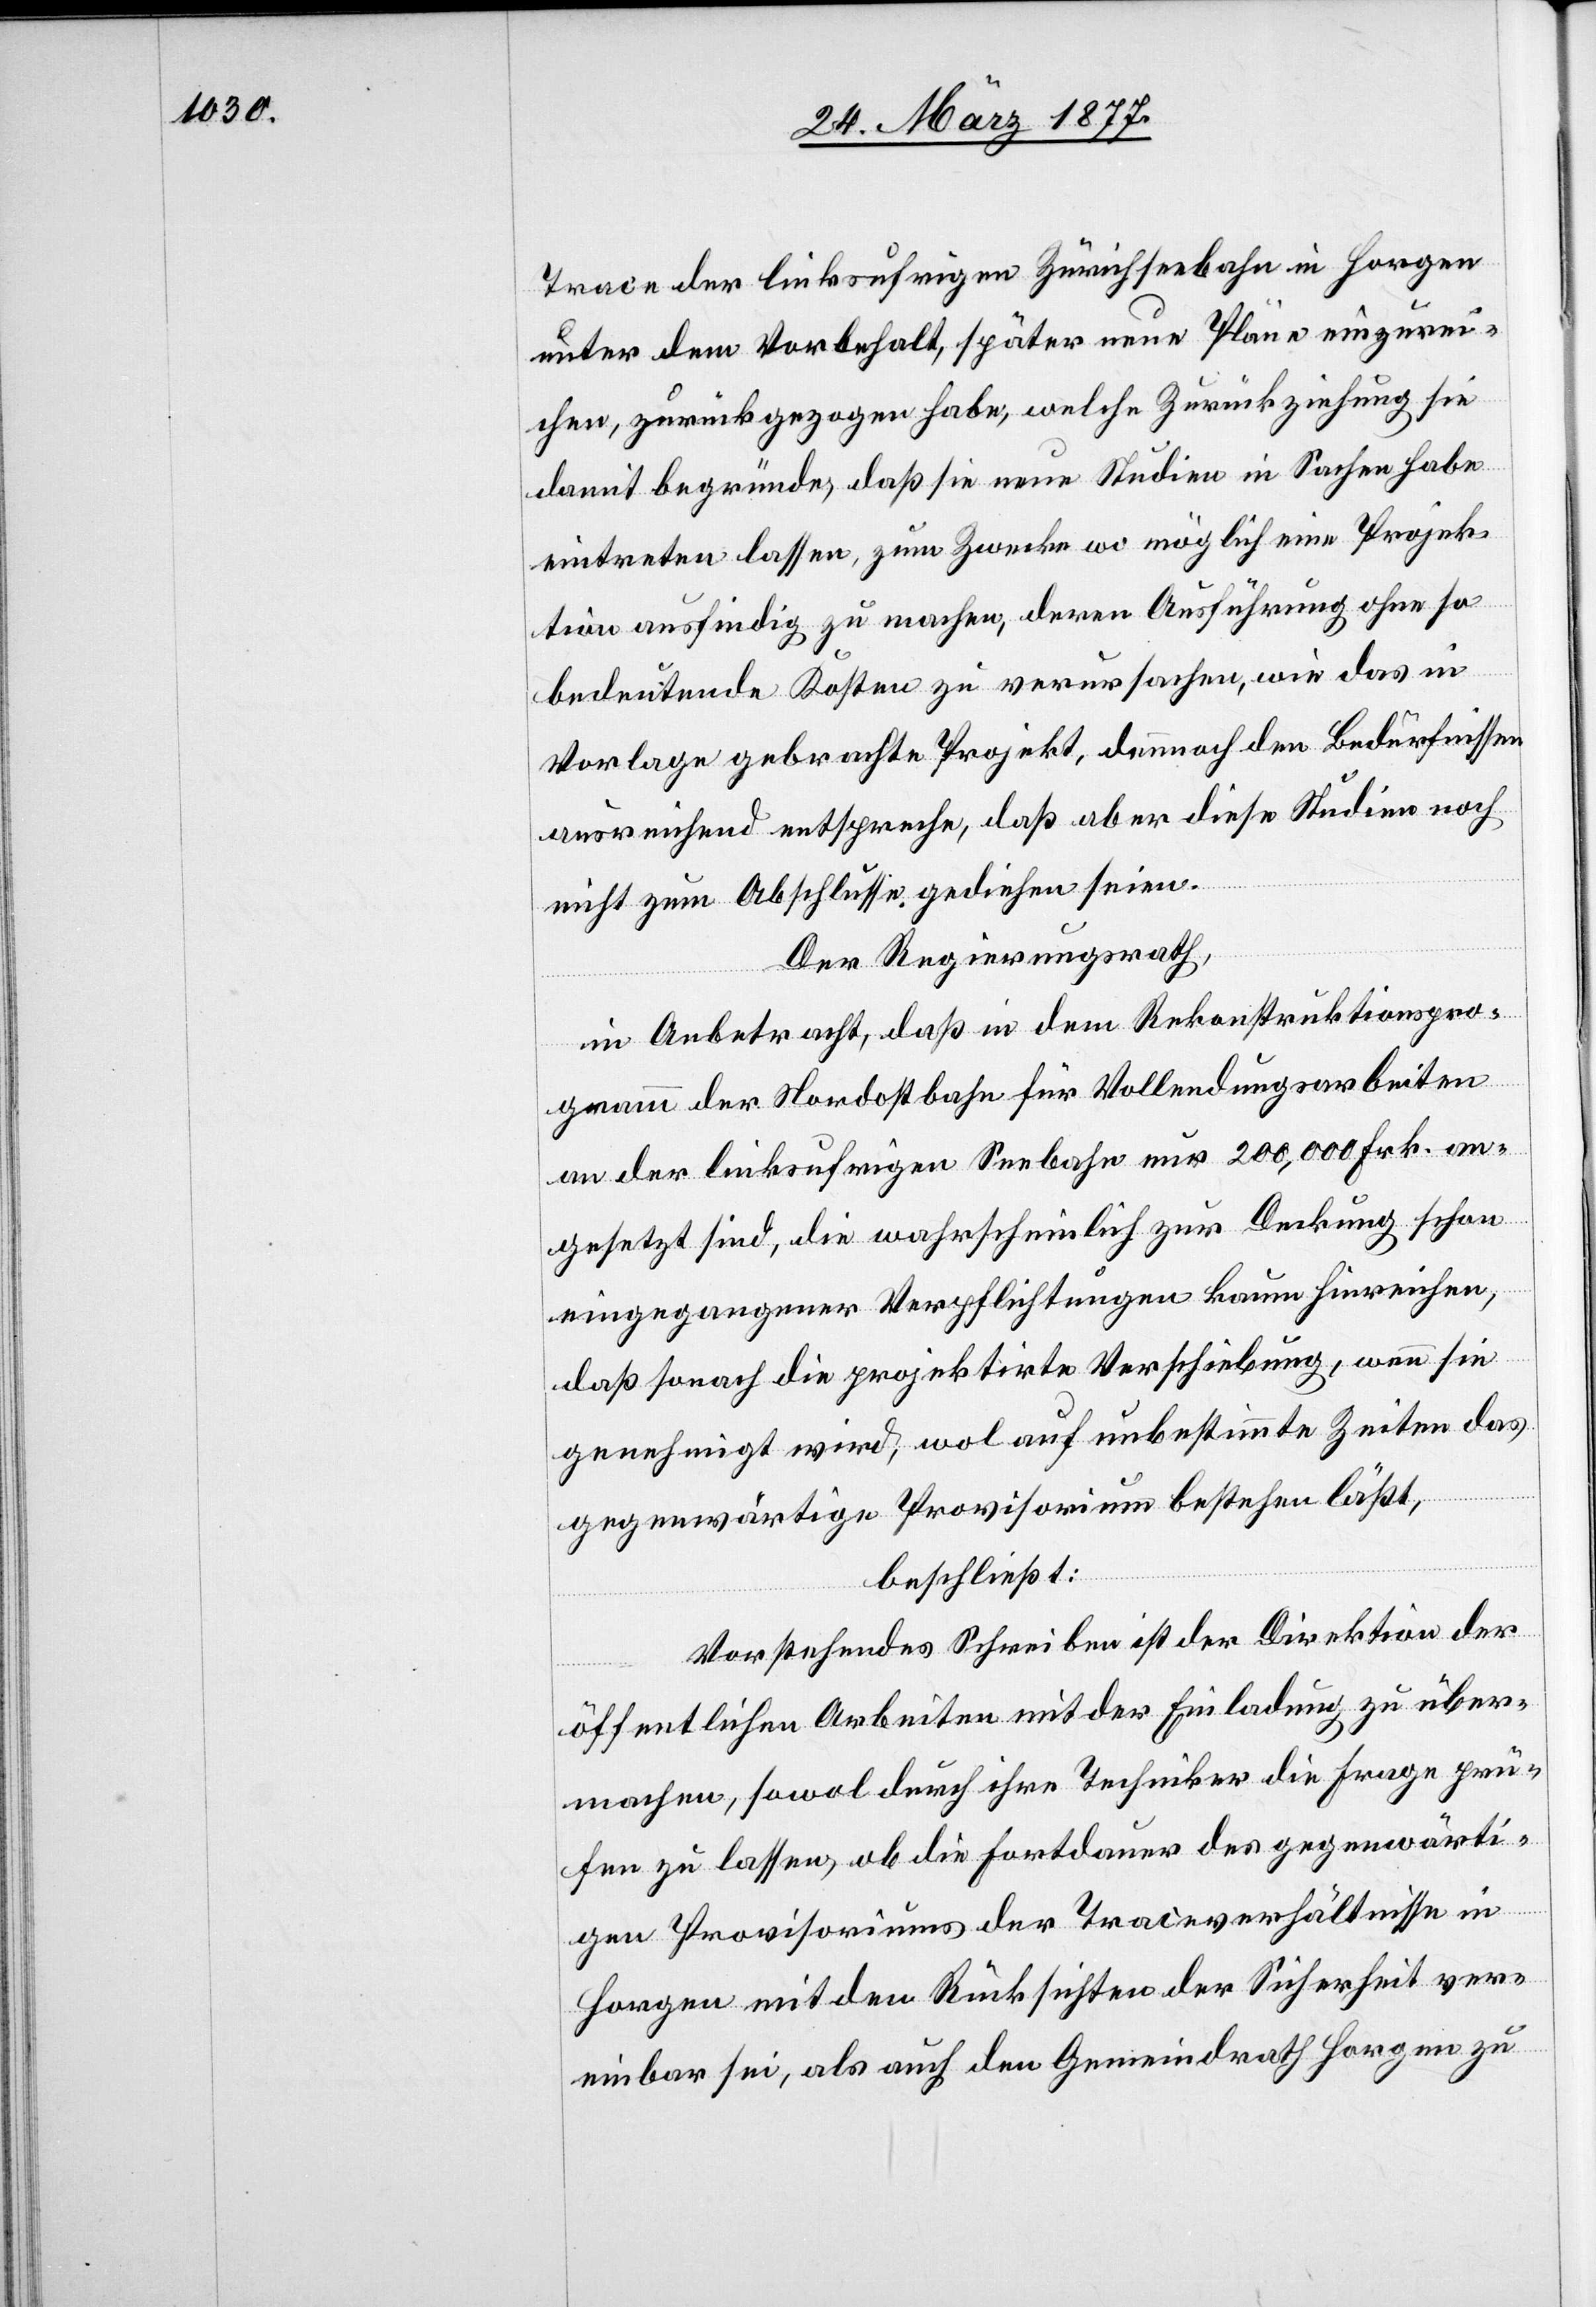
Trace der linksufrigen Zürichseebahn in Horgen
unter dem Vorbehalt, später neue Pläne einzurei¬
chen, zurückgezogen habe, welche Zurückziehung sie
damit begründe, daß sie neue Studien in Sachen habe
eintreten lassen, zum Zwecke wo möglich eine Projek¬
tion ausfindig zu machen, deren Ausführung ohne so
bedeutende Kosten zu verursachen, wie das in
Vorlage gebrachte Projekt, dennoch den Bedürfnissen
ausreichend entspreche, daß aber diese Studien noch
nicht zum Abschlusse gediehen seien.
Der Regierungsrath,
in Anbetracht, daß in dem Rekonstruktionspro¬
gramm der Nordostbahn für Vollendungsarbeiten
an der linksufrigen Seebahn nur 200,000 Frk. an¬
gesetzt sind, die wahrscheinlich zur Deckung schon
eingegangener Verpflichtungen kaum hinreichen,
daß sonach die projektirte Verschiebung, wenn sie
genehmigt wird, wol auf unbestimmte Zeiten das
gegenwärtige Provisorium bestehen läßt,
beschließt:
Vorstehendes Schreiben ist der Direktion der
öffentlichen Arbeiten mit der Einladung zu über¬
machen, sowol durch ihre Techniker die Frage prü¬
fen zu lassen, ob die Fortdauer des gegenwärti¬
gen Provisoriums der Traceverhältnisse in
Horgen mit den Rücksichten der Sicherheit ver¬
einbar sei, als auch den Gemeindrath Horgen zu